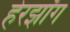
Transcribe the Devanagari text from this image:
हेरझॉग